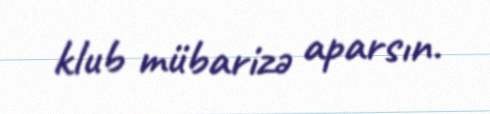
klub mübarizə aparsın.